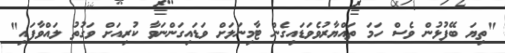
"ތިޔަ ބޭފުޅުން ވެސް ހަމަ ތައްޔާރުވެވަޑައިގެން ޓާމިނަލަށް ވަޑައިގަންނަވާ ކުރިއަށް ވަގުތު ލައްވާފައި"